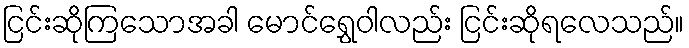
ငြင်းဆိုကြသောအခါ မောင်ရွှေဝါလည်း ငြင်းဆိုရလေသည်။